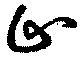
止